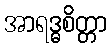
အာရဒ္ဓစိတ္တာ